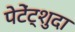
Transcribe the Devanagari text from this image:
पेटेंट्शुदा